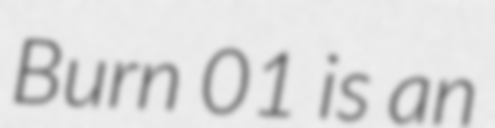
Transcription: Burn 01 is an